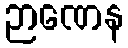
ဉာဏေန